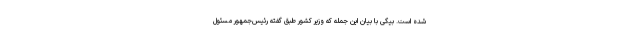
شده است. بیگی با بیان این جمله که وزیر کشور طبق گفته رئیس‌جمهور مسئول